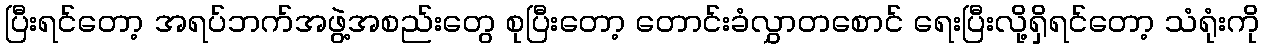
ပြီးရင်တော့ အရပ်ဘက်အဖွဲ့အစည်းတွေ စုပြီးတော့ တောင်းခံလွှာတစောင် ရေးပြီးလို့ရှိရင်တော့ သံရုံးကို